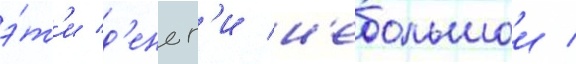
э́т'и д'еньг'и н'ебольшои /